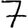
Digit: 7